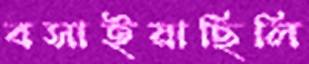
বসাইয়াছিলি